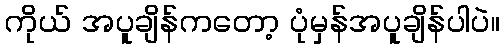
ကိုယ် အပူချိန်ကတော့ ပုံမှန်အပူချိန်ပါပဲ။